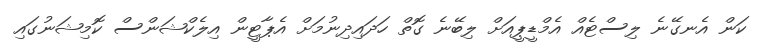
ކަން އެނގޭނެ ލިސްޓެއް އެމްޑީޕީއަށް ލިބޭނެ ގޮތް ހަދައިދިނުމަށް އެޕާޓީން އިލެކްޝަންސް ކޮމިޝަނުގައި